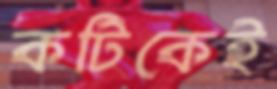
কটিকেই